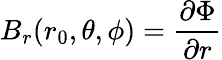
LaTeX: B_{r}(r_{0},\theta,\phi)=\frac{\partial\Phi}{\partial r}